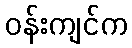
ဝန်းကျင်က